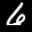
Digit: 6